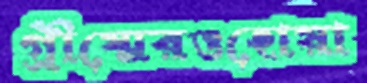
গ্রীষ্মেরওহোয়া